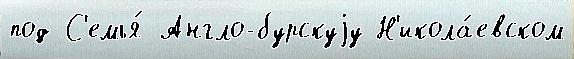
под С'емья́ Англо-бурскуjу Н'икола́евском